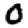
Digit: 0